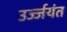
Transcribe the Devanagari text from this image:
उर्ज्जयंत